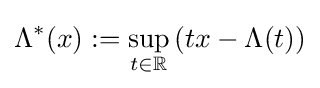
\Lambda ^{*}(x):=\sup _{t\in \mathbb {R} }\left(tx-\Lambda (t)\right)